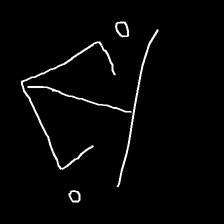
Glyph: earth